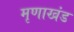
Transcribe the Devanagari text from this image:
मृणाखंड